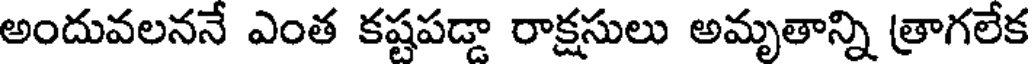
అందువలననే ఎంత కష్టపడ్డా రాక్షసులు అమృతాన్ని త్రాగలేక